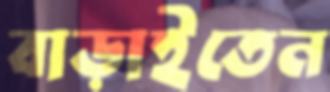
বাড়াইতেন